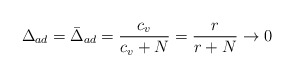
\begin{align*}\Delta_{ad} = \bar\Delta_{ad} = \frac{c_v}{c_v + N} = \frac{r}{r +N} \rightarrow 0\end{align*}